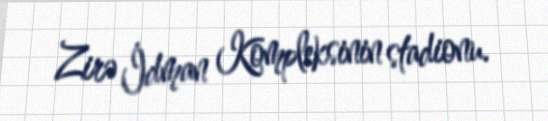
Zirə İdman Kompleksinin stadionu.